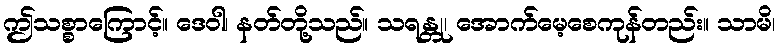
ဤသစ္စာကြောင့်။ ဒေဝါ၊ နတ်တို့သည်။ သရန္တု၊ အောက်မေ့စေကုန်တည်း။ သာမိ၊